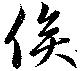
俟